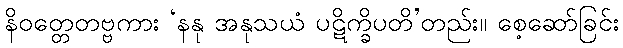
နိဝတ္တေတဗ္ဗကား ‘နနု အနုသယံ ပဋိက္ခိပတိ’တည်း။ စေ့ဆော်ခြင်း